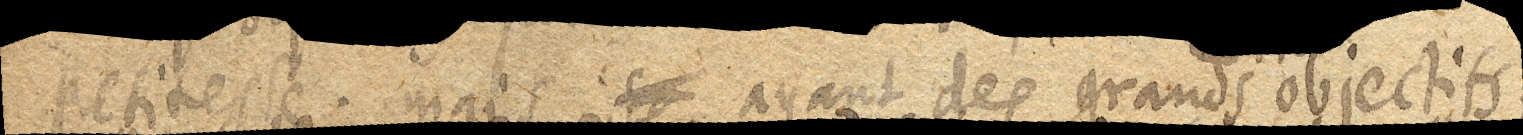
petitesse, mais xx ayant des grands objectifs,